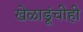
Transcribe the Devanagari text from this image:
खेळाडूंचीही